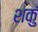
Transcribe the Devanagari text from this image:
शकुं